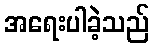
အရေးပါခဲ့သည်